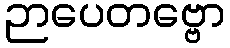
ဉာပေတဗ္ဗော